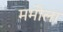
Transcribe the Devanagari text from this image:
ममोला